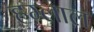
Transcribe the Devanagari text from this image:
हम्लाल